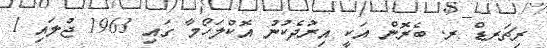
ރިޗަރޑް ރ. ބެރޮން އަކީ އިރުދެކުނު އޮކްލަހޯމާ ގައި 1963 ޖުލައި 1